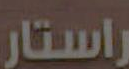
راستار